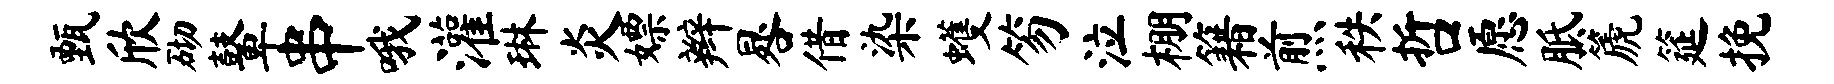
甄欣砌鼙串哦灌琳炎嫖辫晷借染蠖笏泣棚籍煎秩哲愿胝篪筵挽